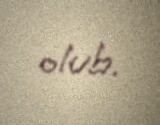
olub.